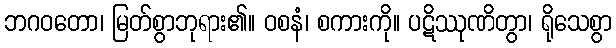
ဘဂဝတော၊ မြတ်စွာဘုရား၏။ ဝစနံ၊ စကားကို။ ပဋိဿုဏိတွာ၊ ရိုသေစွာ